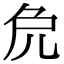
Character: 𠑾